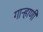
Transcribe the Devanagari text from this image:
गार्‍हाणी